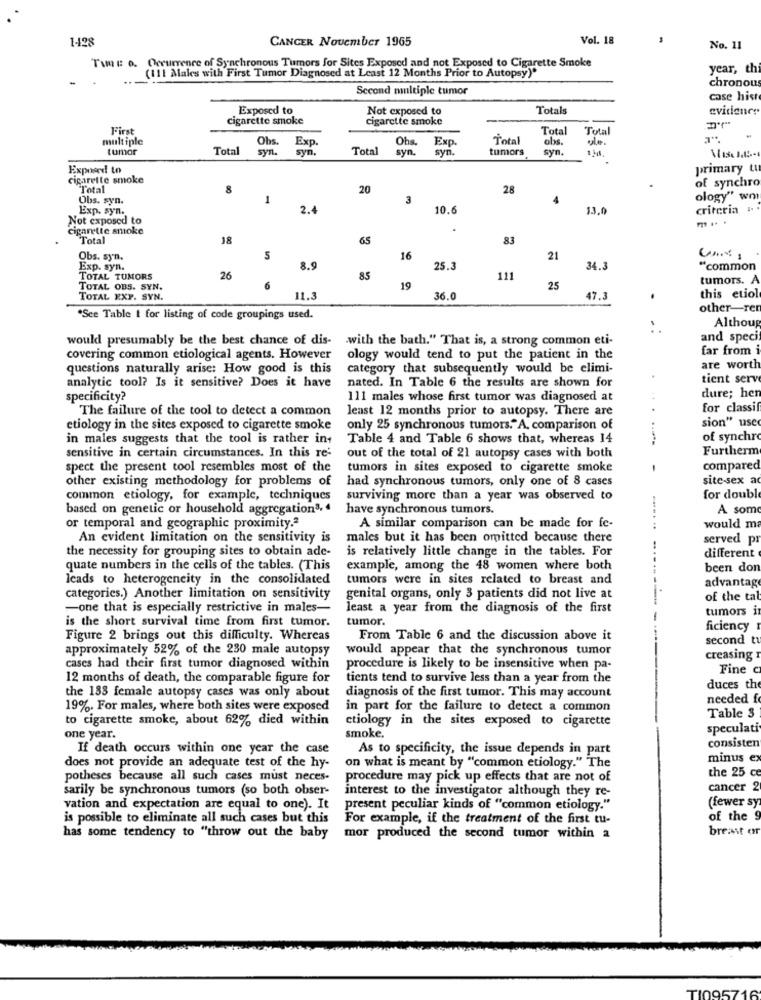
1-428
CANCER November 1965
Vol. 18
No. 11
Twee o. Occurrence of Synchronous Tumors for Sites Exposed and not Exposed to Cigarette Smoke
(Ill Males with First Tumor Diagnosed at Least 12 Months Prior to Autopsy)"
year, thi
chronous
Second multiple tumor
case histe
Exposed to
Not exposed to
Totals
evitiene!
Cigarette smoke
cigarette smoke
First
Tota
Tota
multiple
Obs.
Exp.
Ohs.
Exp.
Total
obs.
tumor
Total
syn.
syn.
Total
syn.
syn.
tumors
syn.
Exposed to
primary tt
cigarette smoke
of synchro
Total
8
20
28
Obs. syn.
1
3
4
ology" wo
Exp. syn.
2.4
10.6
13.0
criteria
Not exposed to
cigarette smoke
.
"Total
18
65
83
Obs. syn.
5
16
21
Exp. syn.
8.9
25.3
34.3
"common
TOTAL TUMORS
26
85
111
tumors. A
TOTAL OBS. SYN.
19
25
TOTAL EXP. SYN.
11.3
36.
47.3
.
this etiol
other-rer
*Sce Table I for listing of code groupings used.
Althoug
would presumably be the best chance of dis-
with the bath." That is, a strong common eti-
and speci
far from
covering common etiological agents. However
ology would tend to put the patient in the
questions naturally arise: How good is this
category that subsequently would be elimi-
are worth
analytic tool? Is it sensitive? Does it have
tient serve
nated. In Table 6 the results are shown for
dure; hen
specificity?
111 males whose first tumor was diagnosed at
The failure of the tool to detect a common
least 12 months prior to autopsy. There are
for classif
sion" use
etiology in the sites exposed to cigarette smoke
only 25 synchronous tumors."A, comparison of
in males suggests that the tool is rather in+
Table 4 and Table 6 shows that, whereas 14
. ........
of synchro
Furtherm
sensitive in certain circumstances. In this re-
out of the total of 21 autopsy cases with both
spect the present tool resembles most of the
tumors in sites exposed to cigarette smoke
compared
other existing methodology for problems of
had synchronous tumors, only one of 8 cases
site-sex a
common etiology, for example, techniques
surviving more than a year was observed to
for double
based on genetic or household aggregation3, 4
have synchronous tumors.
A som
would ma
or temporal and geographic proximity.ª
A similar comparison can be made for fe-
An evident limitation on the sensitivity is
males but it has been omitted because there
served pr
the necessity for grouping sites to obtain ade-
is relatively little change in the tables. For
different
quate numbers in the cells of the tables. (This
example, among the 48 women where both
been don
leads to heterogeneity in the consolidated
tumors were in sites related to breast and
advantage
categories.) Another limitation on sensitivity
genital organs, only 3 patients did not live at
of the tab
-one that is especially restrictive in males-
least a year from the diagnosis of the first
tumors in
is the short survival time from first tumor.
tumor.
ficiency
Figure 2 brings out this difficulty. Whereas
From Table 6 and the discussion above it
second tu
approximately 52% of the 230 male autopsy
would appear that the synchronous tumor
creasing
cases had their first tumor diagnosed within
procedure is likely to be insensitive when pa-
Fine c
12 months of death, the comparable figure for
tients tend to survive less than a year from the
the 133 female autopsy cases was only about
duces the
diagnosis of the first tumor. This may account
needed f
19%. For males, where both sites were exposed
in part for the failure to detect a common
to cigarette smoke, about 62% died within
etiology in the sites exposed to cigarette
Table 3
speculati
one year.
smoke.
consisten
If death occurs within one year the case
As to specificity, the issue depends in part
minus ex
does not provide an adequate test of the hy-
on what is meant by "common etiology." The
the 25 ce
potheses because all such cases must neces-
procedure may pick up effects that are not of
sarily be synchronous tumors (so both obser-
interest to the investigator although they re-
cancer 2
(fewer sy
vation and expectation are equal to one). It
present peculiar kinds of "common etiology."
is possible to eliminate all such cases but this
For example, if the treatment of the first tu-
of the 9
breast er
has some tendency to "throw out the baby
mor produced the second tumor within a
TI